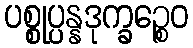
ပစ္စုပ္ပန္နဒုက္ခဉ္စေဝ